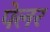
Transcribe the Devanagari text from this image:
पेलर